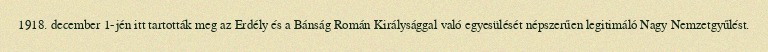
1918. december 1-jén itt tartották meg az Erdély és a Bánság Román Királysággal való egyesülését népszerűen legitimáló Nagy Nemzetgyűlést.